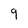
Character: 9